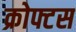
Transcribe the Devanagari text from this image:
क्रोफ्टस